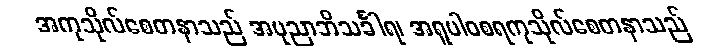
အကုသိုလ်စေတနာသည် အပုညာဘိသင်္ခါရ၊ အရူပါဝစရကုသိုလ်စေတနာသည်